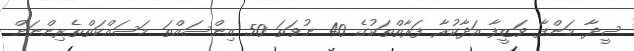
ސީދާ މަންފާ ވަޒީފާ އަދާކުރާ ފަރާތްތަކުގެ 40 ނުވަތަ 50 އިންސައްތަ މަސައްކަތްތެރިންނަށް